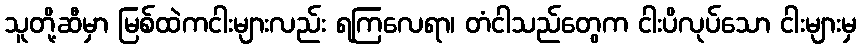
သူတို့ဆီမှာ မြစ်ထဲကငါးများလည်း ရကြလေရာ၊ တံငါသည်တွေက ငါးပိလုပ်သော ငါးများမှ